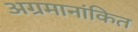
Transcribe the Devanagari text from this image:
अग्रमानांकित